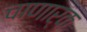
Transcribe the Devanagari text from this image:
चाणार्क